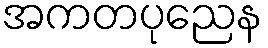
အကတပုညေန